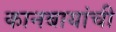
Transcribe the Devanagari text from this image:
कानबायांची